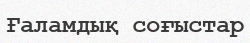
Ғаламдық соғыстар